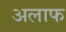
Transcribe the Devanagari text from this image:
अलाफ